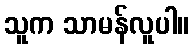
သူက သာမန်လူပါ။